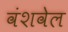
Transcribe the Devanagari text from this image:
वंशवेल